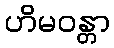
ဟိမဝန္တာ